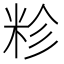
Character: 𮇏